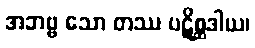
အဘဗ္ဗ သော တဿ ပဋိစ္ဆဒါယ၊